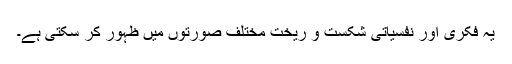
یہ فکری اور نفسیاتی شکست و ریخت مختلف صورتوں میں ظہور کر سکتی ہے۔